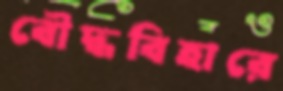
বৌদ্ধবিহারে